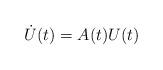
LaTeX: \begin{align*}\dot U(t) = A(t) U(t)\end{align*}